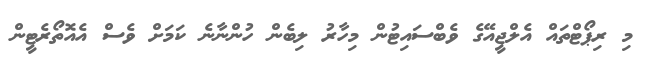
މި ރިޕޯޓްތައް އެލްޖީއޭގެ ވެބްސައިޓުން މިހާރު ލިބެން ހުންނާނެ ކަމަށް ވެސް އެއޮތޯރެޓީން